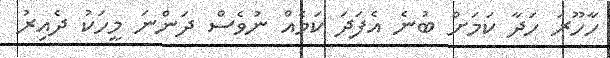
ހާހޫރަ ހަދާ ކަމަށް ބުނެ އެފަދަ ކަމެއް ނުވެސް ދަންނަ މީހަކު ދެއިރު